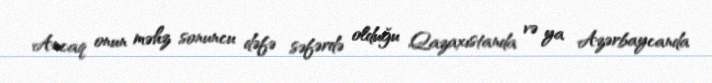
Ancaq onun məhz sonuncu dəfə səfərdə olduğu Qazaxıstanda və ya Azərbaycanda